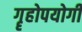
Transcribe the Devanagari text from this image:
गॄहोपयोगी